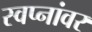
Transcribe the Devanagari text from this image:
स्वप्नांवर